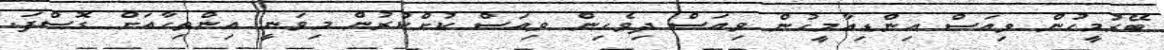
ބޭރުމީހުން ވިއަސް އިންޑިއާމީހުން ވިއަސް ދިވެހިން ވިއަސް ކުށްކުރުން މިވަނީ އިންތިހާއަށް ގޮސްފަ.